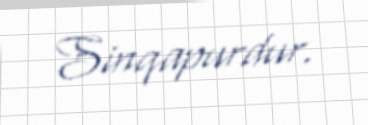
Sinqapurdur.